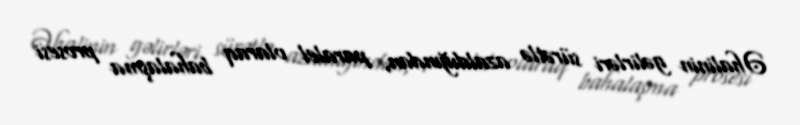
Əhalinin gəlirləri sürətlə azaldığından, paralel olaraq bahalaşma prosesi